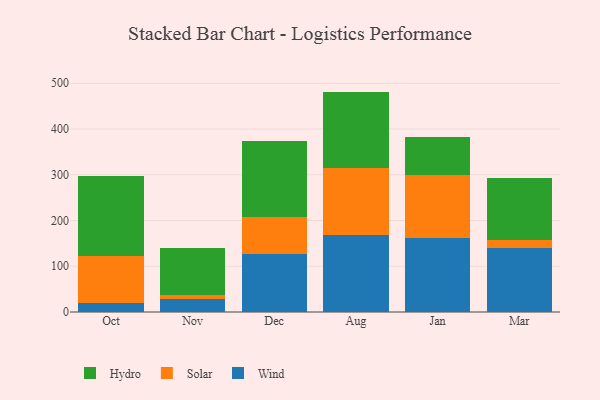
{"axis": {"x": "Month", "y": "Tickets Resolved"}, "legend": ["Hydro", "Solar", "Wind"], "data": [{"x": "Oct", "y": 19.9, "type": "Wind"}, {"x": "Oct", "y": 102.5, "type": "Solar"}, {"x": "Oct", "y": 174.4, "type": "Hydro"}, {"x": "Nov", "y": 28.6, "type": "Wind"}, {"x": "Nov", "y": 9.3, "type": "Solar"}, {"x": "Nov", "y": 101.8, "type": "Hydro"}, {"x": "Dec", "y": 126.2, "type": "Wind"}, {"x": "Dec", "y": 81.0, "type": "Solar"}, {"x": "Dec", "y": 166.4, "type": "Hydro"}, {"x": "Aug", "y": 168.9, "type": "Wind"}, {"x": "Aug", "y": 145.2, "type": "Solar"}, {"x": "Aug", "y": 167.7, "type": "Hydro"}, {"x": "Jan", "y": 160.7, "type": "Wind"}, {"x": "Jan", "y": 138.7, "type": "Solar"}, {"x": "Jan", "y": 84.1, "type": "Hydro"}, {"x": "Mar", "y": 138.9, "type": "Wind"}, {"x": "Mar", "y": 17.9, "type": "Solar"}, {"x": "Mar", "y": 136.6, "type": "Hydro"}]}